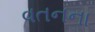
વતનના